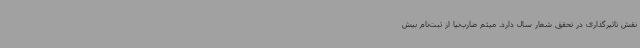
نقش تاثیرگذاری در تحقق شعار سال دارد. میثم ضارب‌نیا از ثبت‌نام بیش